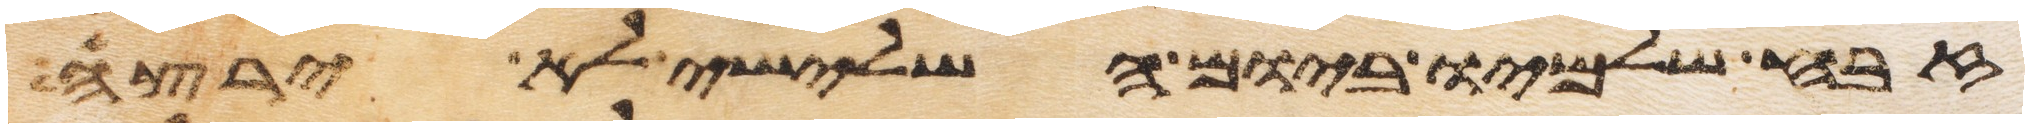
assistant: זבח שלמיו ביום השלישי לא ירצה